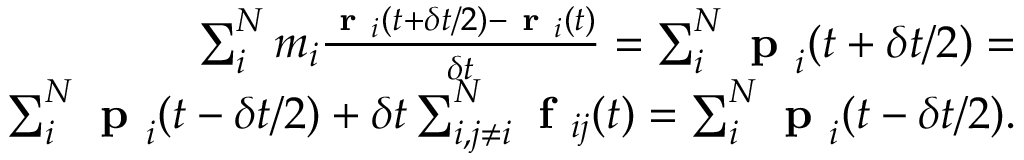
\begin{array} { r } { \sum _ { i } ^ { N } m _ { i } \frac { \textbf { r } _ { i } ( t + \delta t / 2 ) - \textbf { r } _ { i } ( t ) } { \delta t } = \sum _ { i } ^ { N } \textbf { p } _ { i } ( t + \delta t / 2 ) = } \\ { \sum _ { i } ^ { N } \textbf { p } _ { i } ( t - \delta t / 2 ) + \delta t \sum _ { i , j \neq i } ^ { N } \textbf { f } _ { i j } ( t ) = \sum _ { i } ^ { N } \textbf { p } _ { i } ( t - \delta t / 2 ) . } \end{array}